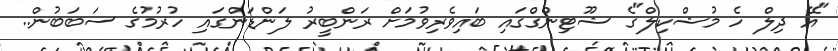
"އޭ ދިލް ހެ މުޝްކިލް"ގެ ޝޫޓިންގްގައި ބައިވެރިވުމަށް ރަންބީރު ލަންޑަންގައި ހުރުމުގެ ސަބަބުން..